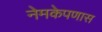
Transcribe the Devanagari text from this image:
नेमकेपणास